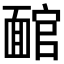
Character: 𩈬